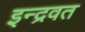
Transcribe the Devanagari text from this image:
इन्द्रवत